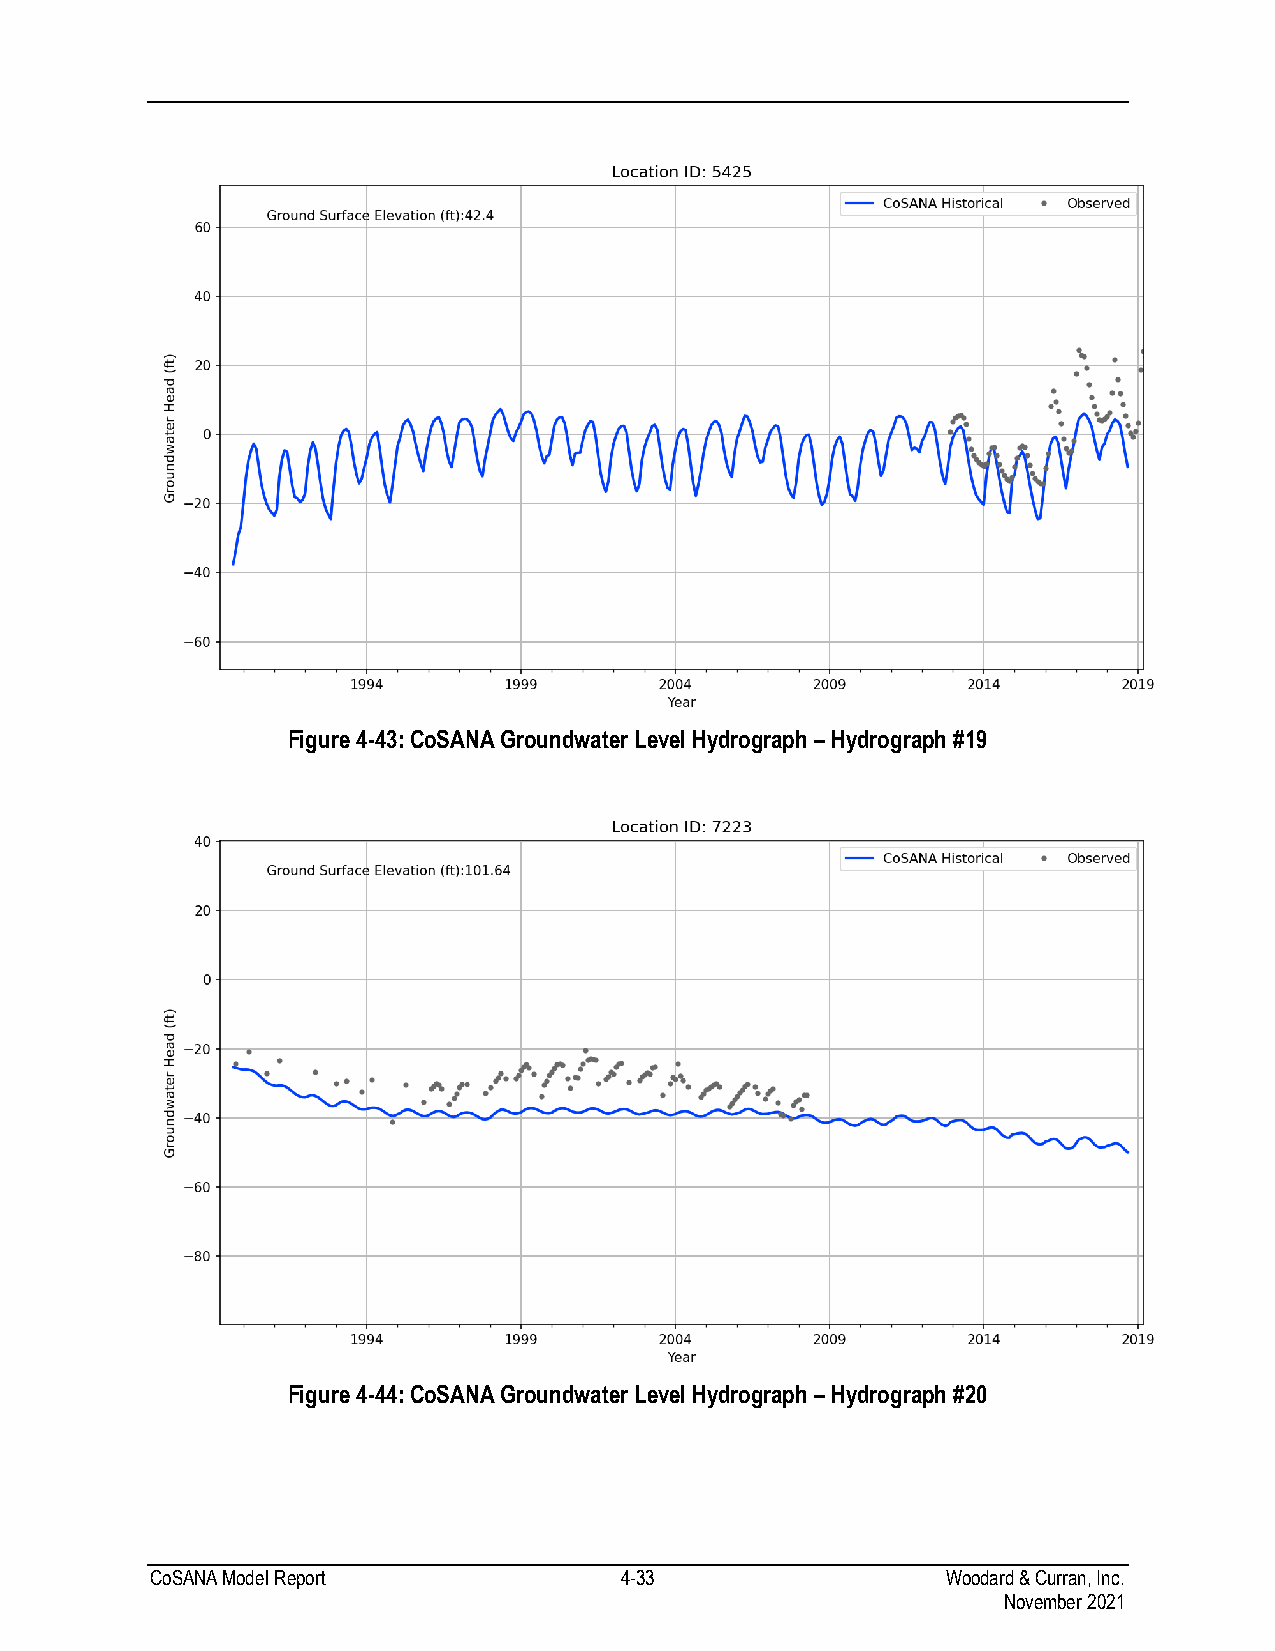
Figure 4-43: CoSANA Groundwater Level Hydrograph – Hydrograph #19
 Figure 4-44: CoSANA Groundwater Level Hydrograph – Hydrograph #20
 CoSANA Model Report            4-33                  Woodard & Curran, Inc.
 November 2021